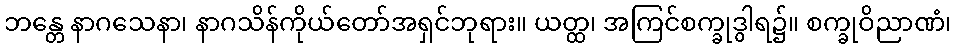
ဘန္တေ နာဂသေနာ၊ နာဂသိန်ကိုယ်တော်အရှင်ဘုရား။ ယတ္ထ၊ အကြင်စက္ခုဒွါရ၌။ စက္ခုဝိညာဏံ၊